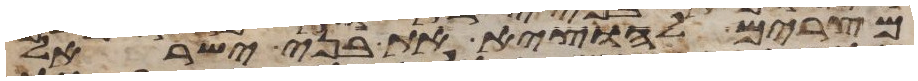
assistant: מצרים להוציא את בני ישראל